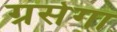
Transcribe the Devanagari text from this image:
ग्रसेगा